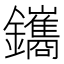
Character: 鑴